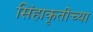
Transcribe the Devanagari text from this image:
सिंहाकृतीच्या